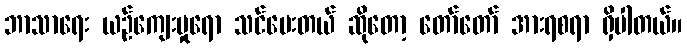
ဘာသာရေး ယဉ်ကျေးမှုရော သင်ပေးတယ် ဆိုတော့ တော်တော် အားရစရာ ရှိပါတယ်။